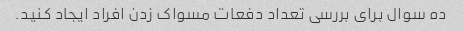
ده سوال برای بررسی تعداد دفعات مسواک زدن افراد ایجاد کنید.